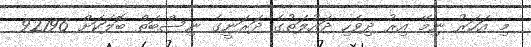
މި އަހަރު ނިމޭ އިރު ދިވެހި ދައުލަތުގެ ދަރަނީގެ ނިސްބަތް ބޮލަކަށް 92196